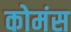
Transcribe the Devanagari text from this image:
कोमंस